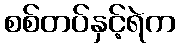
စစ်တပ်နှင့်ရဲက